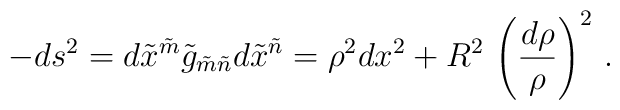
-ds^2 = d\tilde x^{\tilde m} \tilde g_{\tilde m\tilde n} d\tilde x^{\tilde n}= \rho^2 dx^2 + R^2 \,\left(\frac{d\rho}\rho\right)^2\, .